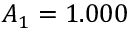
A _ { 1 } = 1 . 0 0 0